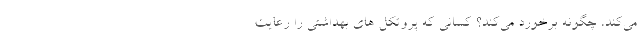
می‌کند، چگونه برخورد می‌کند؟ کسانی که پروتکل های بهداشتی را رعایت